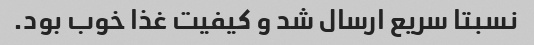
نسبتا سریع ارسال شد و کیفیت غذا خوب بود.